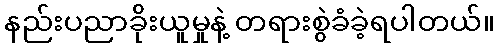
နည်းပညာခိုးယူမှုနဲ့ တရားစွဲခံခဲ့ရပါတယ်။